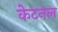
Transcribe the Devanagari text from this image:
केटनल